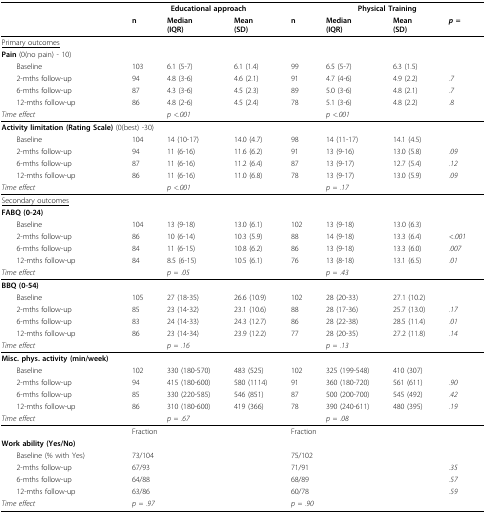
<table><thead><tr><td></td><td colspan="3"><b>Educational approach</b></td><td colspan="4"><b>Physical Training</b></td></tr><tr><td></td><td><b>n</b></td><td><b>Median(IQR)</b></td><td><b>Mean(SD)</b></td><td><b>n</b></td><td><b>Median(IQR)</b></td><td><b>Mean(SD)</b></td><td><b><i>p </i>=</b></td></tr></thead><tbody><tr><td><underline>Primary outcomes</underline></td><td></td><td></td><td></td><td></td><td></td><td></td><td></td></tr><tr><td><b>Pain </b>(0(no pain) - 10)</td><td></td><td></td><td></td><td></td><td></td><td></td><td></td></tr><tr><td> Baseline</td><td>103</td><td>6.1 (5-7)</td><td>6.1 (1.4)</td><td>99</td><td>6.5 (5-7)</td><td>6.3 (1.5)</td><td></td></tr><tr><td> 2-mths follow-up</td><td>94</td><td>4.8 (3-6)</td><td>4.6 (2.1)</td><td>91</td><td>4.7 (4-6)</td><td>4.9 (2.2)</td><td><i>.7</i></td></tr><tr><td> 6-mths follow-up</td><td>87</td><td>4.3 (3-6)</td><td>4.5 (2.3)</td><td>89</td><td>5.0 (3-6)</td><td>4.8 (2.1)</td><td><i>.7</i></td></tr><tr><td> 12-mths follow-up</td><td>86</td><td>4.8 (2-6)</td><td>4.5 (2.4)</td><td>78</td><td>5.1 (3-6)</td><td>4.8 (2.2)</td><td><i>.8</i></td></tr><tr><td><i>Time effect</i></td><td></td><td><i>p &lt;.001</i></td><td></td><td></td><td><i>p &lt;.001</i></td><td></td><td></td></tr><tr><td colspan="8"><b>Activity limitation (Rating Scale) </b>(0(best) -30)</td></tr><tr><td> Baseline</td><td>104</td><td>14 (10-17)</td><td>14.0 (4.7)</td><td>98</td><td>14 (11-17)</td><td>14.1 (4.5)</td><td></td></tr><tr><td> 2-mths follow-up</td><td>94</td><td>11 (6-16)</td><td>11.6 (6.2)</td><td>91</td><td>13 (9-16)</td><td>13.0 (5.8)</td><td><i>.09</i></td></tr><tr><td> 6-mths follow-up</td><td>87</td><td>11 (6-16)</td><td>11.2 (6.4)</td><td>87</td><td>13 (9-17)</td><td>12.7 (5.4)</td><td><i>.12</i></td></tr><tr><td> 12-mths follow-up</td><td>86</td><td>11 (6-16)</td><td>11.0 (6.8)</td><td>78</td><td>13 (9-17)</td><td>13.0 (5.9)</td><td><i>.09</i></td></tr><tr><td><i>Time effect</i></td><td></td><td><i>p &lt;.001</i></td><td></td><td></td><td><i>p = .17</i></td><td></td><td></td></tr><tr><td><underline>Secondary outcomes</underline></td><td></td><td></td><td></td><td></td><td></td><td></td><td></td></tr><tr><td><b>FABQ (0-24)</b></td><td></td><td></td><td></td><td></td><td></td><td></td><td></td></tr><tr><td> Baseline</td><td>104</td><td>13 (9-18)</td><td>13.0 (6.1)</td><td>102</td><td>13 (9-18)</td><td>13.0 (6.3)</td><td></td></tr><tr><td> 2-mths follow-up</td><td>86</td><td>10 (6-14)</td><td>10.3 (5.9)</td><td>88</td><td>14 (9-18)</td><td>13.3 (6.4)</td><td><i>&lt;.001</i></td></tr><tr><td> 6-mths follow-up</td><td>84</td><td>11 (6-15)</td><td>10.8 (6.2)</td><td>86</td><td>13 (9-18)</td><td>13.3 (6.0)</td><td><i>.007</i></td></tr><tr><td> 12-mths follow-up</td><td>84</td><td>8.5 (6-15)</td><td>10.5 (6.1)</td><td>76</td><td>13 (8-18)</td><td>13.1 (6.5)</td><td><i>.01</i></td></tr><tr><td><i>Time effect</i></td><td></td><td><i>p = .05</i></td><td></td><td></td><td><i>p = .43</i></td><td></td><td></td></tr><tr><td><b>BBQ (0-54)</b></td><td></td><td></td><td></td><td></td><td></td><td></td><td></td></tr><tr><td> Baseline</td><td>105</td><td>27 (18-35)</td><td>26.6 (10.9)</td><td>102</td><td>28 (20-33)</td><td>27.1 (10.2)</td><td></td></tr><tr><td> 2-mths follow-up</td><td>85</td><td>23 (14-32)</td><td>23.1 (10.6)</td><td>88</td><td>28 (17-36)</td><td>25.7 (13.0)</td><td><i>.17</i></td></tr><tr><td> 6-mths follow-up</td><td>83</td><td>24 (14-33)</td><td>24.3 (12.7)</td><td>86</td><td>28 (22-38)</td><td>28.5 (11.4)</td><td><i>.01</i></td></tr><tr><td> 12-mths follow-up</td><td>86</td><td>23 (14-34)</td><td>23.9 (12.2)</td><td>77</td><td>28 (20-35)</td><td>27.2 (11.8)</td><td><i>.14</i></td></tr><tr><td><i>Time effect</i></td><td></td><td><i>p = .16</i></td><td></td><td></td><td><i>p = .13</i></td><td></td><td></td></tr><tr><td><b>Misc. phys. activity (min/week)</b></td><td></td><td></td><td></td><td></td><td></td><td></td><td></td></tr><tr><td> Baseline</td><td>102</td><td>330 (180-570)</td><td>483 (525)</td><td>102</td><td>325 (199-548)</td><td>410 (307)</td><td></td></tr><tr><td> 2-mths follow-up</td><td>94</td><td>415 (180-600)</td><td>580 (1114)</td><td>91</td><td>360 (180-720)</td><td>561 (611)</td><td><i>.90</i></td></tr><tr><td> 6-mths follow-up</td><td>85</td><td>330 (220-585)</td><td>546 (851)</td><td>87</td><td>500 (200-700)</td><td>545 (492)</td><td><i>.42</i></td></tr><tr><td> 12-mths follow-up</td><td>86</td><td>310 (180-600)</td><td>419 (366)</td><td>78</td><td>390 (240-611)</td><td>480 (395)</td><td><i>.19</i></td></tr><tr><td><i>Time effect</i></td><td></td><td><i>p = .67</i></td><td></td><td></td><td><i>p = .08</i></td><td></td><td></td></tr><tr><td></td><td colspan="3">Fraction</td><td colspan="3">Fraction</td><td></td></tr><tr><td><b>Work ability (Yes/No)</b></td><td></td><td></td><td></td><td></td><td></td><td></td><td></td></tr><tr><td> Baseline (% with Yes)</td><td colspan="3">73/104</td><td colspan="3">75/102</td><td></td></tr><tr><td> 2-mths follow-up</td><td colspan="3">67/93</td><td colspan="3">71/91</td><td><i>.35</i></td></tr><tr><td> 6-mths follow-up</td><td colspan="3">64/88</td><td colspan="3">68/89</td><td><i>.57</i></td></tr><tr><td> 12-mths follow-up</td><td colspan="3">63/86</td><td colspan="3">60/78</td><td><i>.59</i></td></tr><tr><td><i>Time effect</i></td><td colspan="3"><i>p = .97</i></td><td colspan="3"><i>p = .90</i></td><td></td></tr></tbody></table>